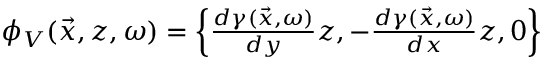
\begin{array} { r } { \phi _ { V } ( \vec { x } , z , \omega ) = \left\{ \frac { d \gamma ( \vec { x } , \omega ) } { d y } z , - \frac { d \gamma ( \vec { x } , \omega ) } { d x } z , 0 \right\} } \end{array}